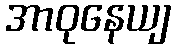
အာဝုနေယျ